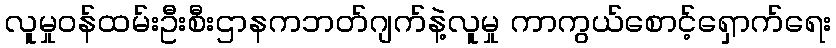
လူမှုဝန်ထမ်းဦးစီးဌာနကဘတ်ဂျက်နဲ့လူမှု ကာကွယ်စောင့်ရှောက်ရေး